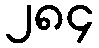
၂၈၄